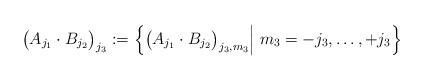
LaTeX: \begin{align*}\big( A_{j_1} \cdot B_{j_2} \big)_{j_3} := \left\{ \big( A_{j_1} \cdot B_{j_2} \big)_{j_3,m_3} \Big| \; m_3=-j_3,\dots,+j_3 \right\}\end{align*}